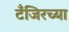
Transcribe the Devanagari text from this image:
टँजिरच्या